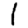
Digit: 1